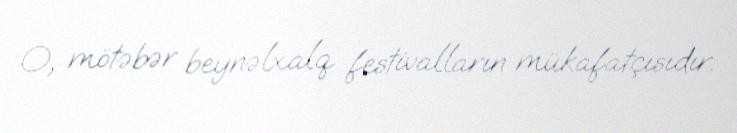
O, mötəbər beynəlxalq festivalların mükafatçısıdır.